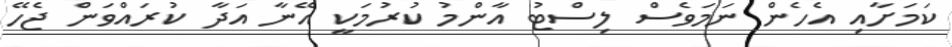
ކަމަށާއި އެހެން ނަމަވެސް ލިސްޓު އާންމު ކުރުމަކީ އޭނާ އަދާ ކުރައްވަން ޖެހޭ